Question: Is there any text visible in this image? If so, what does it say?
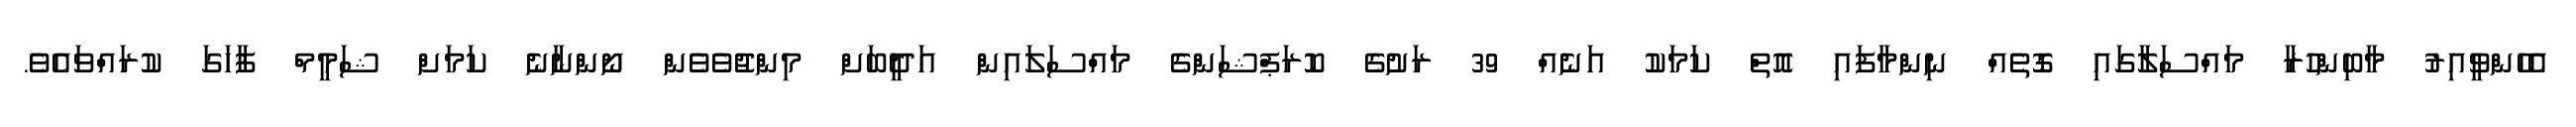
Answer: އެހެންވީއިރު މާބިންހުރާ މައްސަލާގައި ގޮތެއް ނިންމާފައި އޮތް ކަމަކު އަނެއް 39 ރަށުގެ ކޮރަޕްޝަންގެ މައްސަލައިން އަދީބަށް މިންޖުވެވެން ނޯންނާނެ ކަމަށް ޝަމީމް ފާހަގަ ކުރައްވައެވެ.